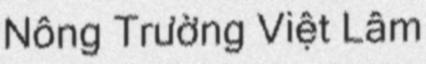
Nông Trường Việt Lâm